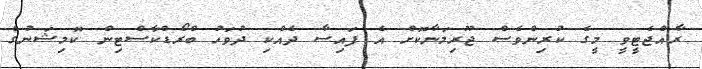
ރާއްޖެޓީވީ މީގެ ކުރިންވެސް ޖޫރިމަނާކޮށް އެ ފައިސާ ދެއްކި ދުވަހު ބްރޯޑްކާސްޓިން ކޮމިޝަނުގެ